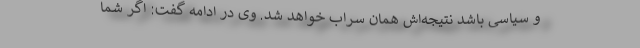
و سیاسی باشد نتیجه‌اش همان سراب خواهد شد. وی در ادامه گفت: اگر شما